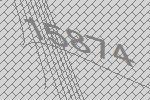
15874